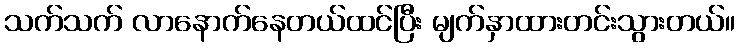
သက်သက် လာနောက်နေတယ်ထင်ပြီး မျက်နှာထားတင်းသွားတယ်။